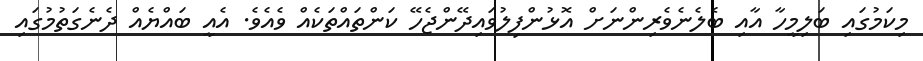
މިކަމުގައި ބަލިމީހާ އާއި ބެލެނެވެރިންނަށް އޮޅުންފިލުވައިދޭންޖެހޭ ކަންތައްތަކެއް ވެއެވެ. އެއީ ބައްޔެއް ދެނެގަތުމުގައި